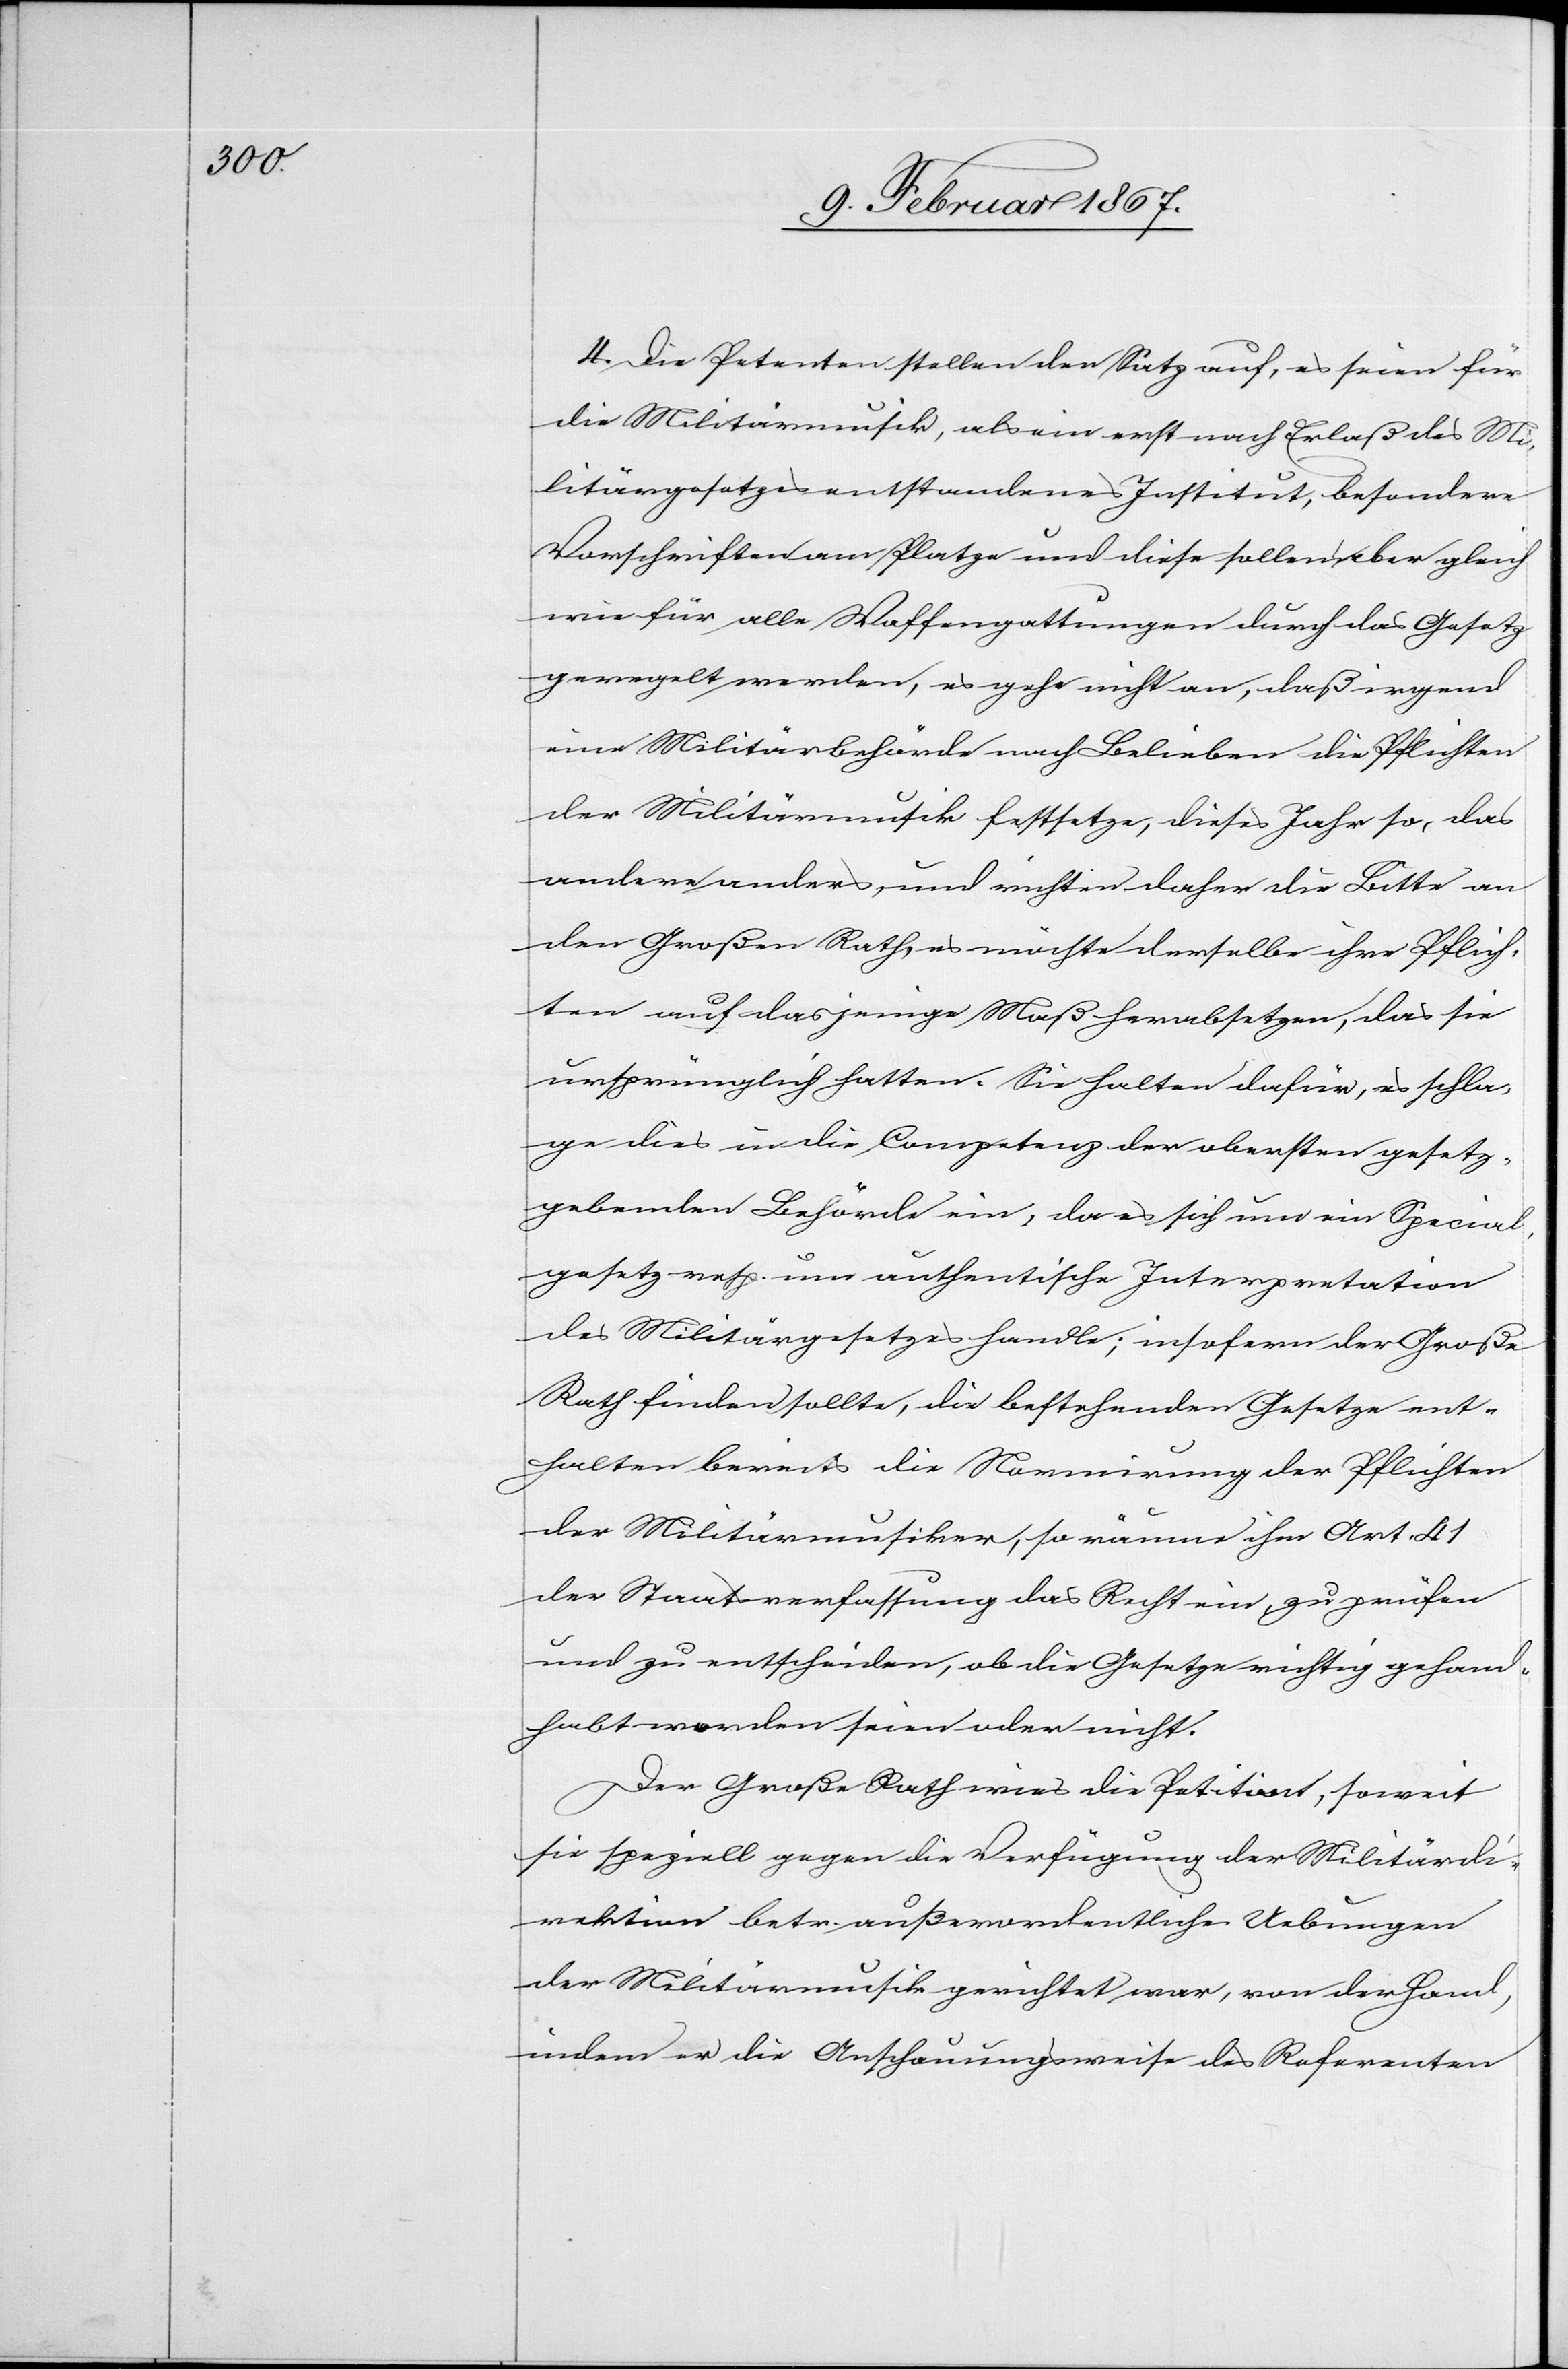
4. Die Petenten stellen den Satz auf, es seien für
die Militärmusik, als ein erst nach Erlaß des Mi¬
litärgesetzes entstandenes Institut, besondere
Vorschriften am Platze und diese sollen aber gleich
wie für alle Waffengattungen durch das Gesetz
geregelt werden, es gehe nicht an, daß irgend
eine Militärbehörde nach Belieben die Pflichten
der Militärmusik festsetze, dieses Jahr so, das
andere anders, und richten daher die Bitte an
den Großen Rath, es möchte derselbe ihre Pflich¬
ten auf dasjenige Maß herabsetzen, das sie
ursprünglich hatten. Sie halten dafür, es schla¬
ge dies in die Competenz der obersten gesetz¬
gebenden Behörde ein, da es sich um ein Special¬
gesetz resp. um authentische Interpretation
des Militärgesetzes handle: insofern der Große
Rath finden sollte, die bestehenden Gesetze ent¬
halten bereits die Normierung der Pflichten
der Militärmusiker, so räume ihm Art. 41
der Staatsverfassung das Recht ein, zu prüfen
und zu entscheiden, ob die Gesetze richtig gehand¬
habt worden seien oder nicht.
Der Große Rath wies die Petition, soweit
sie speziell gegen die Verfügung der Militärdi¬
rektion betr. außerordentliche Uebungen
der Militärmusik gerichtet war, von der Hand,